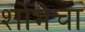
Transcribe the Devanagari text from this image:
शोभेचा